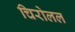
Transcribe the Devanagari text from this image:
चिरोलल